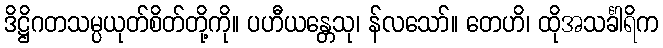
ဒိဋ္ဌိဂတသမ္ပယုတ်စိတ်တို့ကို။ ပဟီယန္တေသု၊ န်လသော်။ တေဟိ၊ ထိုအသင်္ခါရိက